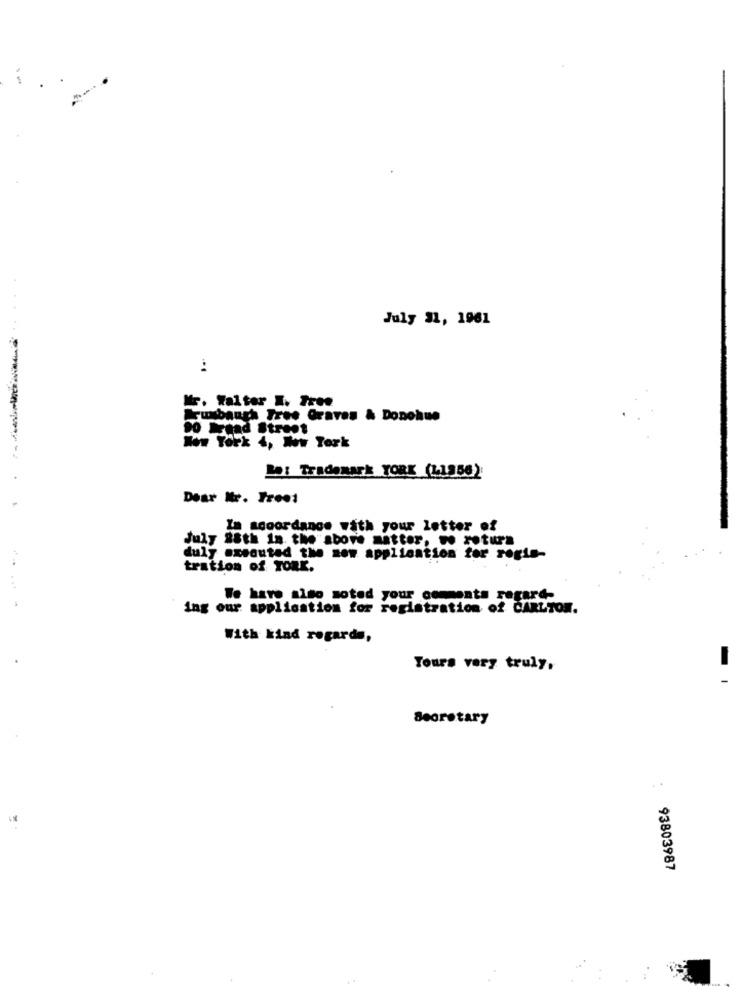
July 31, 1961
:
Mr. Walter I. Tree
Fusbaugh Tree Graves & Donohue
Head Street
Wow York 4, Www Tork
La: Trademark YORK (11956):
Dear Nr. Treet
Za accordance with your letter of
July 28th in the above matter, wo x
duly executed the new application for regis-
tration of TORK.
We have also soted your comments regard-
ing our application for registration of CARLTON.
With kind regards,
Tours very truly,
Secretary
93803987